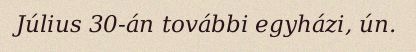
Július 30-án további egyházi, ún.